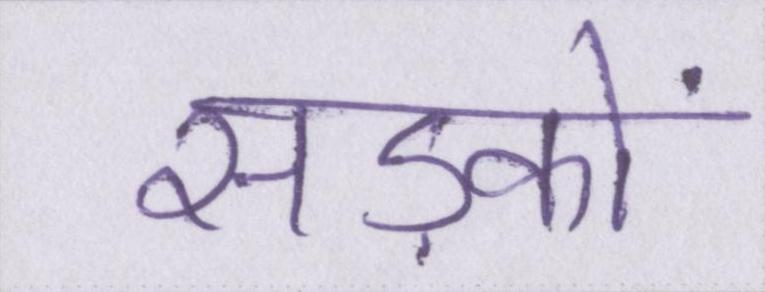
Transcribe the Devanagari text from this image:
सड़कों